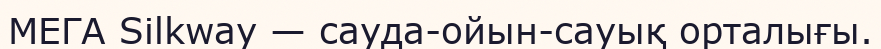
МЕГА Silkway — сауда-ойын-сауық орталығы.